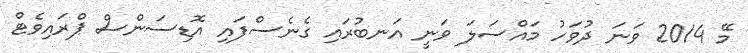
މޭ 2014 ވަނަ ދުވަހު މައްސަލަ ވަނީ އަނބުރައި ގެނެސްފައި އޮޑިސަންސް ޕްރައިވެޓް